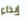
إيذاء